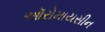
ઑરોમાયસીન